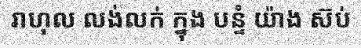
រាហុល លង់លក់ ក្នុង បន្ទំ យ៉ាង ស៊ប់